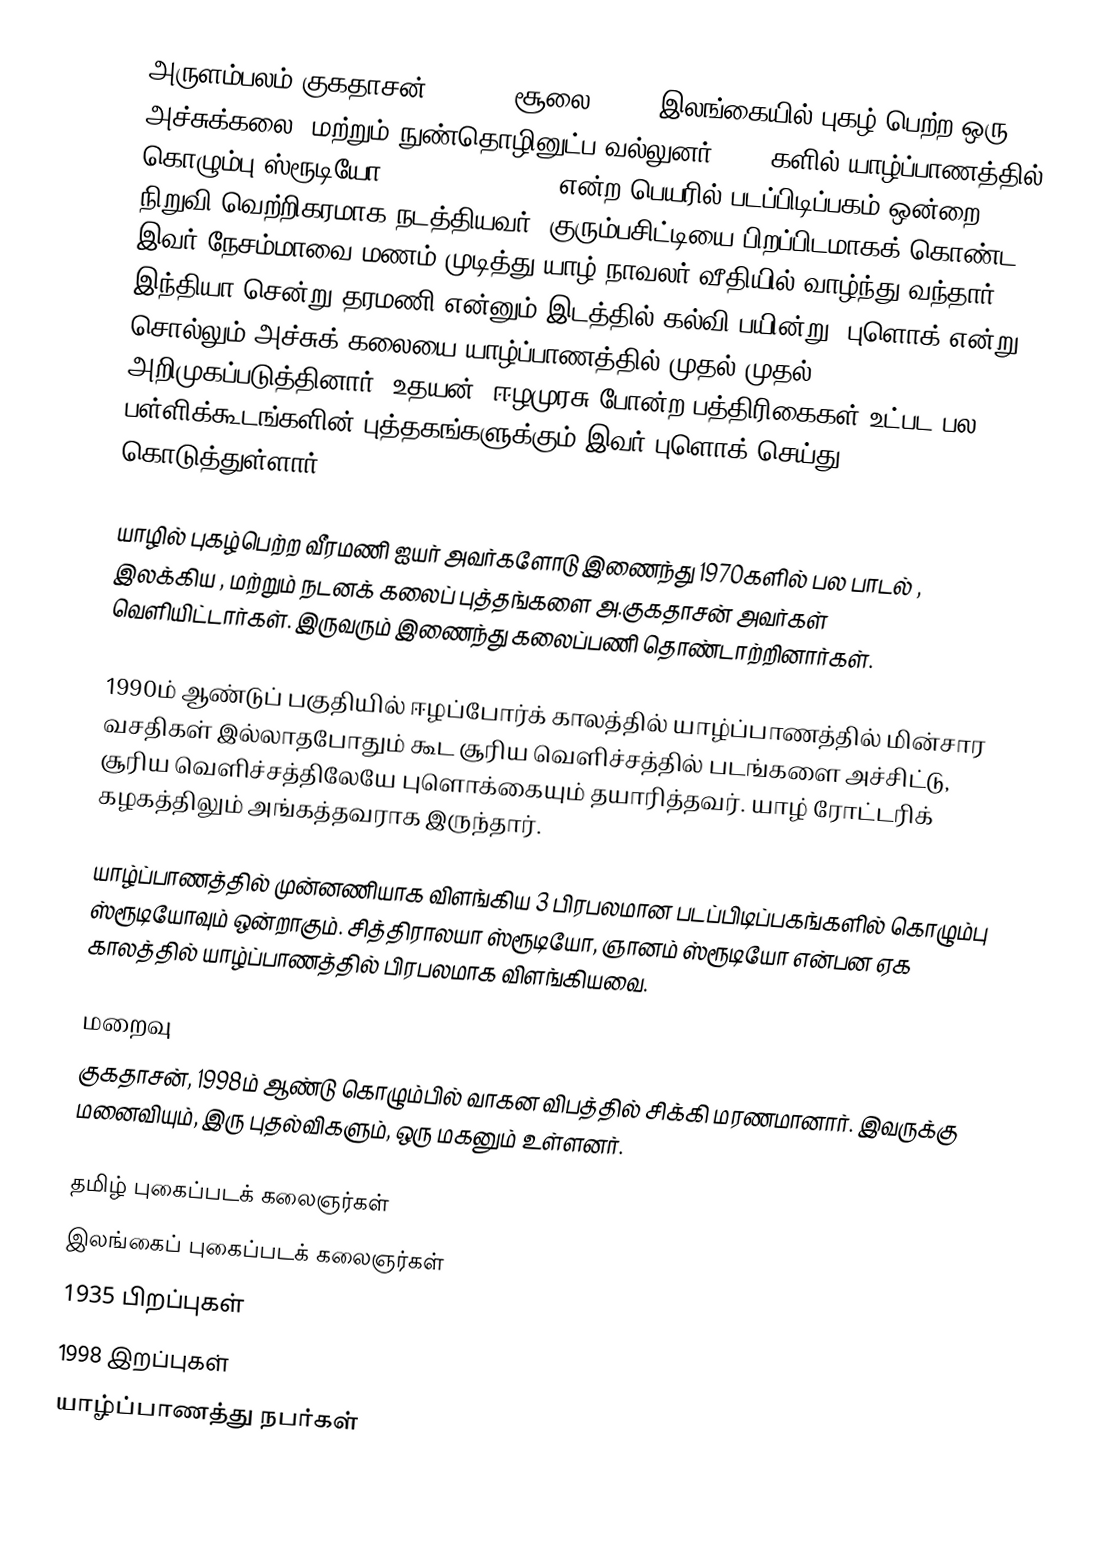
அருளம்பலம் குகதாசன் (1935 - சூலை 1998) இலங்கையில் புகழ் பெற்ற ஒரு அச்சுக்கலை, மற்றும் நுண்தொழினுட்ப வல்லுனர். 1970களில் யாழ்ப்பாணத்தில் கொழும்பு ஸ்ரூடியோ (Colombo Studio) என்ற பெயரில் படப்பிடிப்பகம் ஒன்றை நிறுவி வெற்றிகரமாக நடத்தியவர். குரும்பசிட்டியை பிறப்பிடமாகக் கொண்ட இவர் நேசம்மாவை மணம் முடித்து யாழ் நாவலர் வீதியில் வாழ்ந்து வந்தார். இந்தியா சென்று தரமணி என்னும் இடத்தில் கல்வி பயின்று, புளொக் என்று சொல்லும் அச்சுக் கலையை யாழ்ப்பாணத்தில் முதல் முதல் அறிமுகப்படுத்தினார். உதயன், ஈழமுரசு போன்ற பத்திரிகைகள் உட்பட பல பள்ளிக்கூடங்களின் புத்தகங்களுக்கும் இவர் புளொக் செய்து கொடுத்துள்ளார்.

யாழில் புகழ்பெற்ற வீரமணி ஐயர் அவர்களோடு இணைந்து 1970களில் பல பாடல் , இலக்கிய , மற்றும் நடனக் கலைப் புத்தங்களை அ.குகதாசன் அவர்கள் வெளியிட்டார்கள். இருவரும் இணைந்து கலைப்பணி தொண்டாற்றினார்கள்.

1990ம் ஆண்டுப் பகுதியில் ஈழப்போர்க் காலத்தில் யாழ்ப்பாணத்தில் மின்சார வசதிகள் இல்லாதபோதும் கூட சூரிய வெளிச்சத்தில் படங்களை அச்சிட்டு, சூரிய வெளிச்சத்திலேயே புளொக்கையும் தயாரித்தவர். யாழ் ரோட்டரிக் கழகத்திலும் அங்கத்தவராக இருந்தார்.

யாழ்ப்பாணத்தில் முன்னணியாக விளங்கிய 3 பிரபலமான படப்பிடிப்பகங்களில் கொழும்பு ஸ்ரூடியோவும் ஒன்றாகும். சித்திராலயா ஸ்ரூடியோ, ஞானம் ஸ்ரூடியோ என்பன ஏக காலத்தில் யாழ்ப்பாணத்தில் பிரபலமாக விளங்கியவை.

மறைவு
குகதாசன், 1998ம் ஆண்டு கொழும்பில் வாகன விபத்தில் சிக்கி மரணமானார். இவருக்கு மனைவியும், இரு புதல்விகளும், ஒரு மகனும் உள்ளனர்.

தமிழ் புகைப்படக் கலைஞர்கள்
இலங்கைப் புகைப்படக் கலைஞர்கள்
1935 பிறப்புகள்
1998 இறப்புகள்
யாழ்ப்பாணத்து நபர்கள்